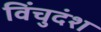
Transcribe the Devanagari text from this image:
विंचुदंश